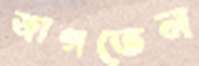
জাগতেন